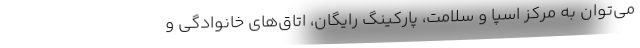
می‌توان به مرکز اسپا و سلامت، پارکینگ رایگان، اتاق‌های خانوادگی و